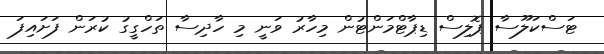
ޓަސްކަލޫސާ ޕޮލިސް ޑިޕާޓްމަންޓުން މިހާރު ވަނީ މި ހާދިސާ ތަހްގީގު ކުރަން ފަށައިފަ